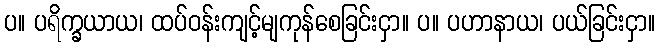
ပ။ ပရိက္ခယာယ၊ ထပ်ဝန်းကျင့်မျကုန်စေခြင်းငှာ။ ပ။ ပဟာနာယ၊ ပယ်ခြင်းငှာ။